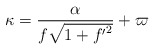
\begin{align*}\kappa =\frac{\alpha}{f\sqrt{1+{f'}^2}}+\varpi\end{align*}